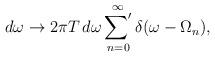
LaTeX: \begin{align*}d\omega\to2\pi T\,d\omega\mathop{{\sum}'}\limits_{n=0}^{\infty}\delta(\omega-\Omega_n),\end{align*}